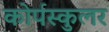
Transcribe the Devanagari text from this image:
कोर्पस्कुलर